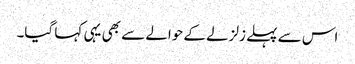
اس سے پہلے زلزلے کے حوالے سے بھی یہی کہا گیا۔